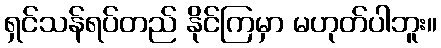
ရှင်သန်ရပ်တည် နိုင်ကြမှာ မဟုတ်ပါဘူး။